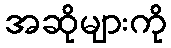
အဆိုများကို